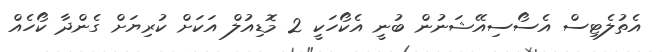
އެތުލެޓިސް އެސޯސިއޭޝަނުން ބުނީ އެކޯހަކީ 2 މޮޑިއުލް އަކަށް ކުރިޔަށް ގެންދާ ކޯހެއް